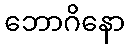
ဘောဂိနော